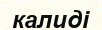
калиді